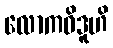
လောကဝိဒူဟိ